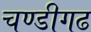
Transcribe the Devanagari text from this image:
चण्‍डीगढ